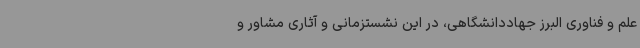
علم و فناوری البرز جهاددانشگاهی، در این نشستزمانی و آثاری مشاور و